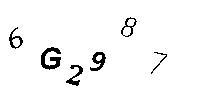
6G2987